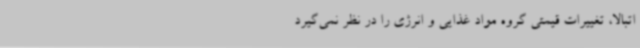
اتبالا، تغییرات قیمتی گروه مواد غذایی و انرژی را در نظر نمی‌گیرد